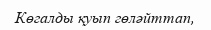
Көгалды қуып гөләйттап,